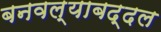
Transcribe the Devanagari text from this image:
बनवल्याबद्दल